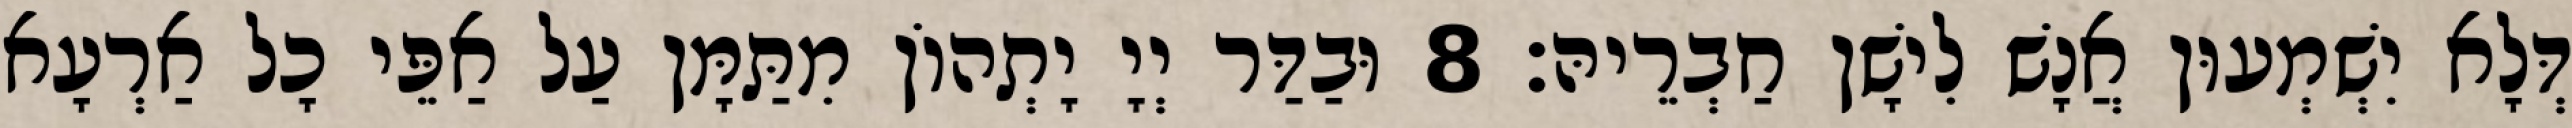
דְּלָא יִשְׁמְעוּן אֲנָשׁ לִישָׁן חַבְרֵיהּ׃ 8 וּבַדַּר יְיָ יָתְהוֹן מִתַּמָּן עַל אַפֵּי כָל אַרְעָא